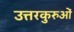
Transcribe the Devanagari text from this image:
उत्तरकुरुओं